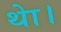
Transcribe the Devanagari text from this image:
थाे।